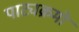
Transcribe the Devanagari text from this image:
पाट्यक्रमो